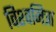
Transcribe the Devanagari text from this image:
विश्‍वमित्रा